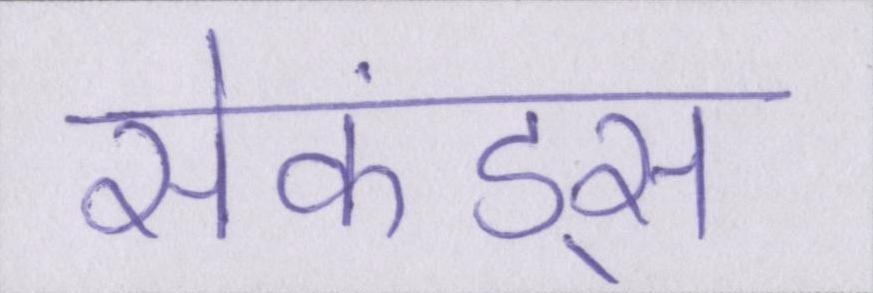
सेकंड्स